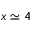
x \simeq 4